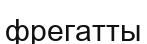
фрегатты